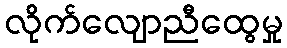
လိုက်လျောညီထွေမှု